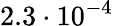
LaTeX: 2.3\cdot 10^{-4}